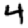
Digit: 4